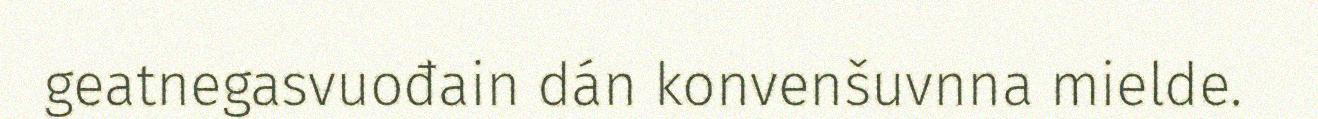
geatnegasvuođain dán konvenšuvnna mielde.